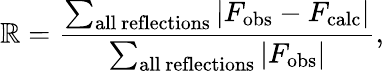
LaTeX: \mathbb{R}={\frac{{\sum_{\mathrm{{all~reflections}}}\left|F_{\mathrm{{obs}}}-F_{\mathrm{{calc}}}\right|}}{{\sum_{\mathrm{{all~reflections}}}\left|F_{\mathrm{{obs}}}\right|}}},